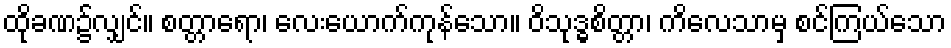
ထိုခဏ၌လျှင်။ စတ္တာရော၊ လေးယောက်ကုန်သော။ ဝိသုဒ္ဓစိတ္တာ၊ ကိလေသာမှ စင်ကြယ်သော